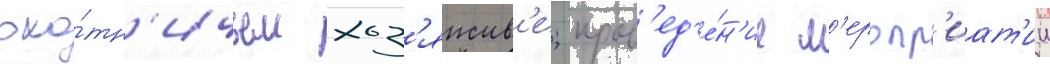
охо́тн'ичьем хоз'яиств'е; пров'ед'е́н'ие м'еропр'иат'ии